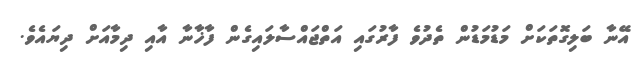
އޭނާ ބަލިގޮތަކަށް މަޑުމަޑުން ތެދުވެ ފާރުގައި އަތްޖައްސާލައިގެން ފާޚާނާ އާއި ދިމާއަށް ދިޔައެވެ.